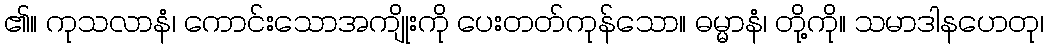
၏။ ကုသလာနံ၊ ကောင်းသောအကျိုးကို ပေးတတ်ကုန်သော။ ဓမ္မာနံ၊ တို့ကို။ သမာဒါနဟေတု၊